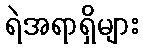
ရဲအရာရှိများ